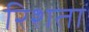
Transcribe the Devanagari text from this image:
रिशता